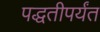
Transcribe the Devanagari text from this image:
पद्धतीपर्यंत